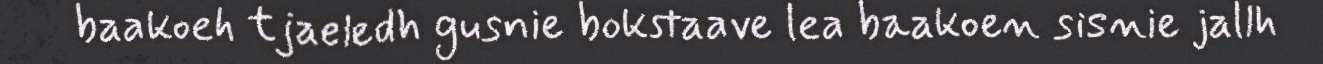
baakoeh tjaeledh gusnie bokstaave lea baakoen sisnie jallh